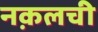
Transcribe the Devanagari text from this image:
नक़लची